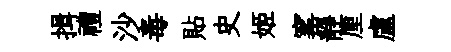
揖禮沙毒貼史姬窰靜厘盧